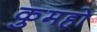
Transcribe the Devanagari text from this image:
कुमहो